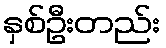
နှစ်ဦးတည်း